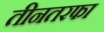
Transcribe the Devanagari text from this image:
तीनतरफा